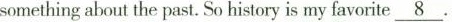
something about the past. So history is my favorite \underline {8}